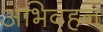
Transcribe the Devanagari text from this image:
अभिवहन